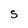
Character: S